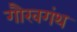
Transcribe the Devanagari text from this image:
गौरवगंथ